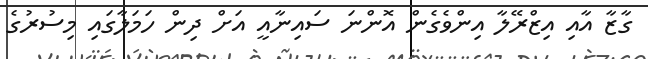
ގާޒާ އާއި އިޒްރޭލާ އިންވެގެން އޮންނަ ސައިނާއީ އަށް ދިން ހަމަލާގައި މިސުރުގެ